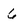
Character: 6